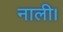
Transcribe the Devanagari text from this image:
नाली।